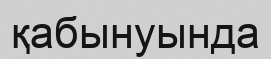
қабынуында